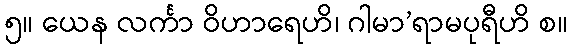
၅။ ယေန လင်္ကာ ဝိဟာရေဟိ၊ ဂါမာ’ရာမပုရီဟိ စ။